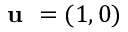
\textbf { u } = ( 1 , 0 )